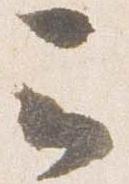
云